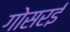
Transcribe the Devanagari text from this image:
गोसरई